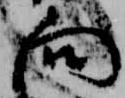
向